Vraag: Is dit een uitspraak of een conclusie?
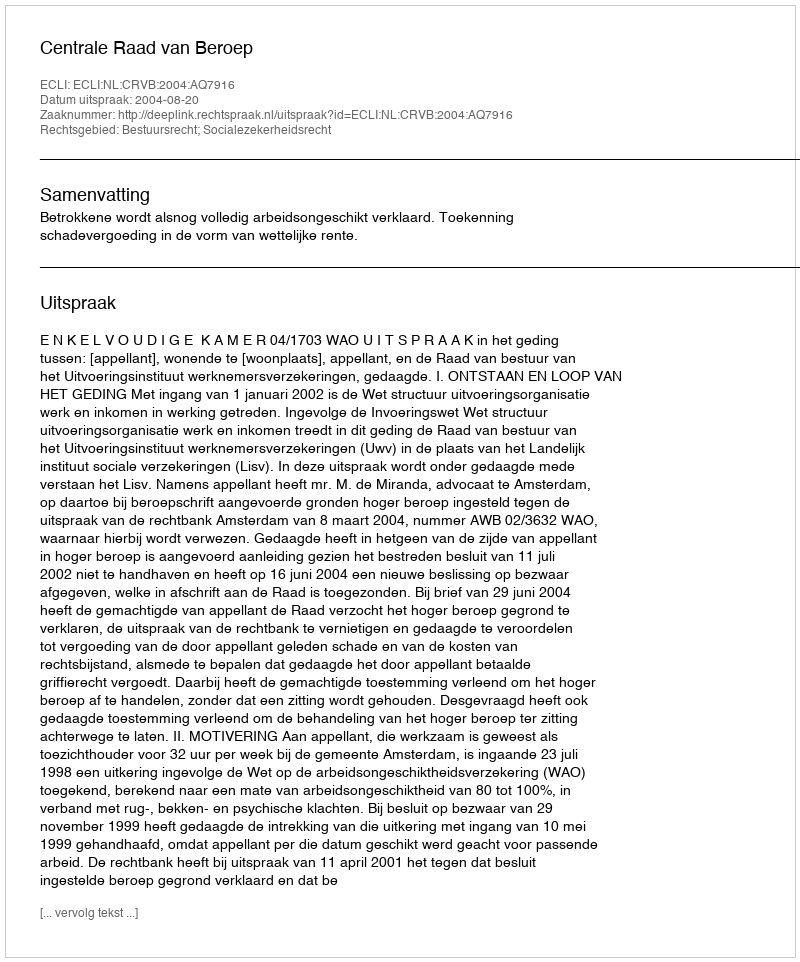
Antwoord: Uitspraak